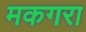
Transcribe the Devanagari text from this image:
मकगरा